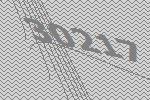
30217